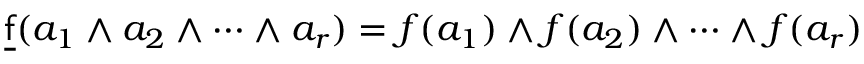
{ \underline { { \mathsf { f } } } } ( a _ { 1 } \wedge a _ { 2 } \wedge \cdots \wedge a _ { r } ) = f ( a _ { 1 } ) \wedge f ( a _ { 2 } ) \wedge \cdots \wedge f ( a _ { r } )